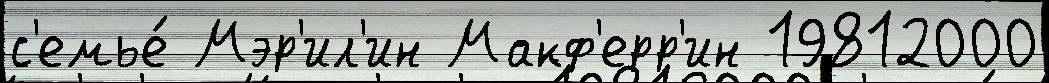
с'емье́ Мэр'ил'ин Макф'ерр'ин 19812000